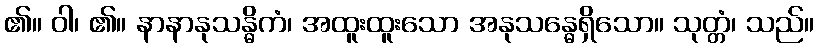
၏။ ဝါ၊ ၏။ နာနာနုသန္ဓိကံ၊ အထူးထူးသော အနုသန္ဓေရှိသော။ သုတ္တံ၊ သည်။